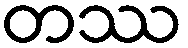
တဿ